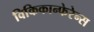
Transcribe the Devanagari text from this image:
विकिकान्फेरेन्स